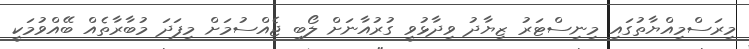
މިރަސްމިއްޔާތުގައި މިނިސްޓަރު ޒިޔާދު ވިދާޅުވީ ގުރުއާނަށް ލޯބި ޖެއްސުމަށް މިފަދަ މުބާރާތެއް ބޭއްވުމަކީ